Civil Veterinary Department. Madras. Admin. report 1926-33 - 1926-1933
Year: 1926
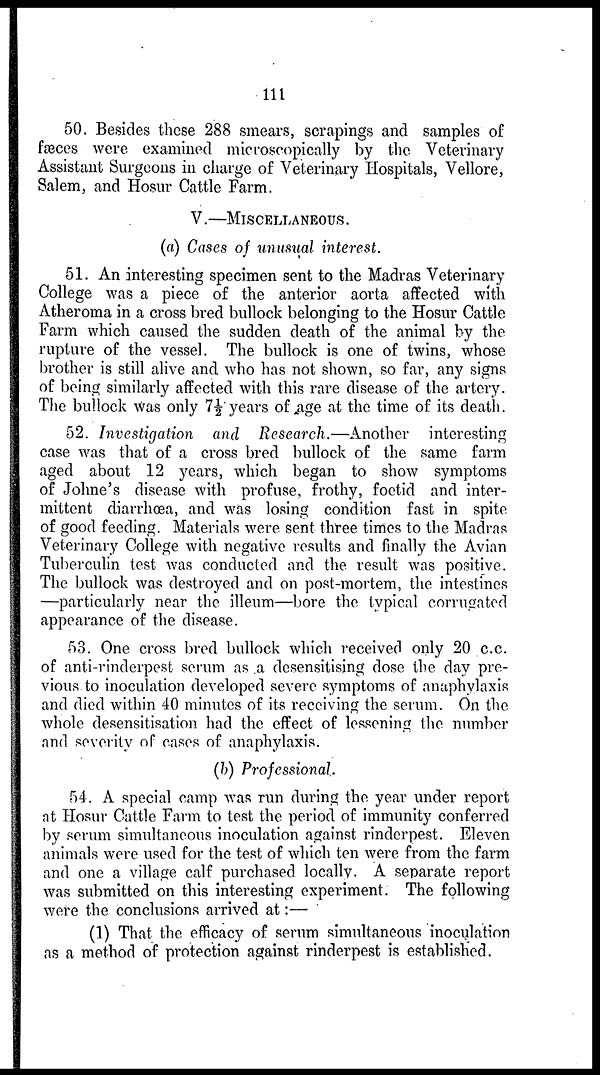
111
50. Besides these 288 smears, scrapings and samples of
fæces were examined microscopically by the Veterinary
Assistant Surgeons in charge of Veterinary Hospitals, Vellore,
Salem, and Hosur Cattle Farm.
V.—MISCELLANEOUS.
(a) Cases of unusual interest.
51. An interesting specimen sent to the Madras Veterinary
College was a piece of the anterior aorta affected with
Atheroma in a cross bred bullock belonging to the Hosur Cattle
Farm which caused the sudden death of the animal by the
rupture of the vessel. The bullock is one of twins, whose
brother is still alive and who has not shown, so far, any signs
of being similarly affected with this rare disease of the artery.
The bullock was only 7½ years of age at the time of its death.
52. Investigation and Research.—Another
interesting
case was that of a cross bred bullock of the same farm
aged about 12 years, which began to show symptoms
of Johne's disease with profuse, frothy, foetid and inter-
mittent diarrhœa, and was losing condition fast in spite
of good feeding. Materials were sent three times to the Madras
Veterinary College with negative results and finally the Avian
Tuberculin test was conducted and the result was positive.
The bullock was destroyed and on post-mortem, the intestines
—particularly near the illeum—bore the typical corrugated
appearance of the disease.
53. One cross bred bullock which received only 20 c.c.
of anti-rinderpest serum as a desensitising dose the day pre-
vious to inoculation developed severe symptoms of anaphylaxis
and died within 40 minutes of its receiving the serum. On the
whole desensitisation had the effect of lessening the number
and severity of cases of anaphylaxis.
(b) Professional.
54. A special camp was run during the year under report
at Hosur Cattle Farm to test the period of immunity conferred
by serum simultaneous inoculation against rinderpest. Eleven
animals were used for the test of which ten were from the farm
and one a village calf purchased locally. A separate report
was submitted on this interesting experiment. The following
were the conclusions arrived at:—
(1) That the efficacy of serum simultaneous inoculation
as a method of protection against rinderpest is established.